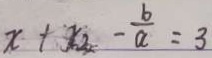
x + x _ { 2 } - \frac { b } { a } = 3